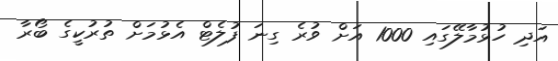
އަދި ހުޅުމާލޭގައި 1000 އަށް ވުރެ ގިނަ ފުލެޓް އެޅުމަށް ތުރުކީގެ ބޯރާ